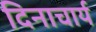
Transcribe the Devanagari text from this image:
दिनाचार्य